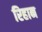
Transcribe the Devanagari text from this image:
रिहान